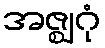
အဇ္ဈဂုံ